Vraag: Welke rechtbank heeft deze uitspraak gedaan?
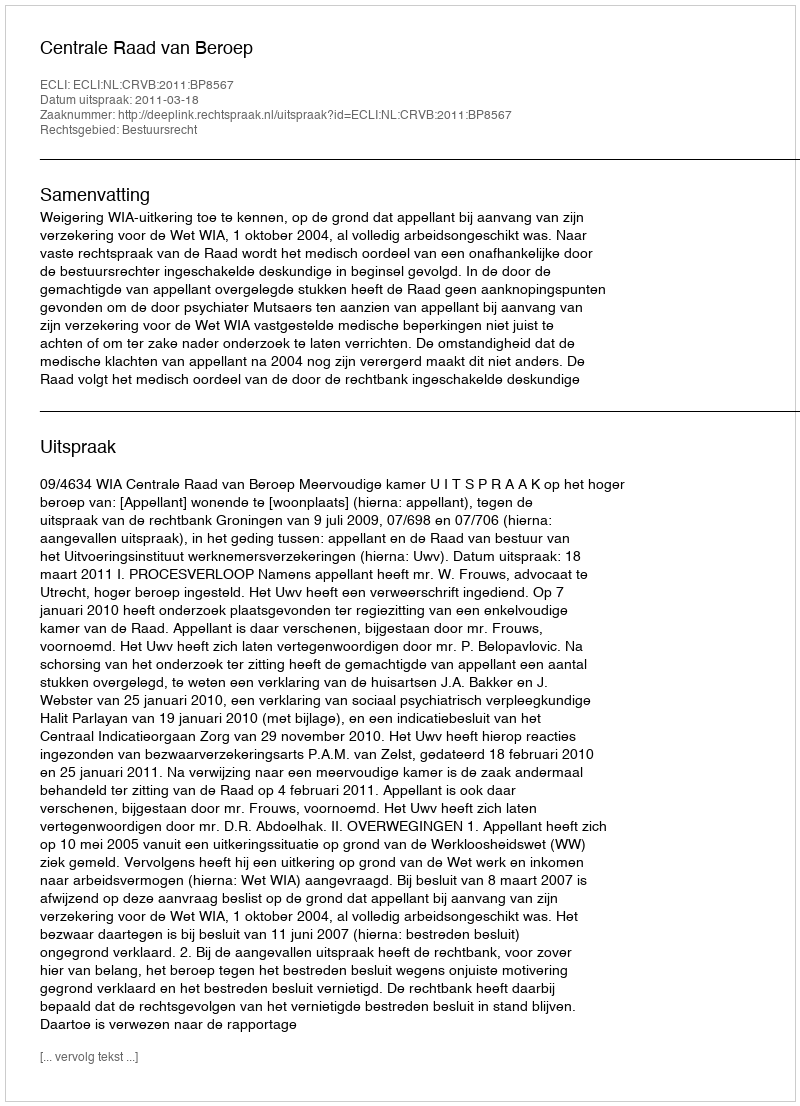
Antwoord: Centrale Raad van Beroep